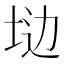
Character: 𱖩